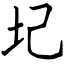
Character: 圮